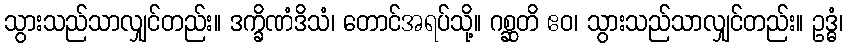
သွားသည်သာလျှင်တည်း။ ဒက္ခိဏံဒိသံ၊ တောင်အရပ်သို့။ ဂစ္ဆတိ ဧဝ၊ သွားသည်သာလျှင်တည်း။ ဥဒ္ဓံ၊